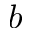
b